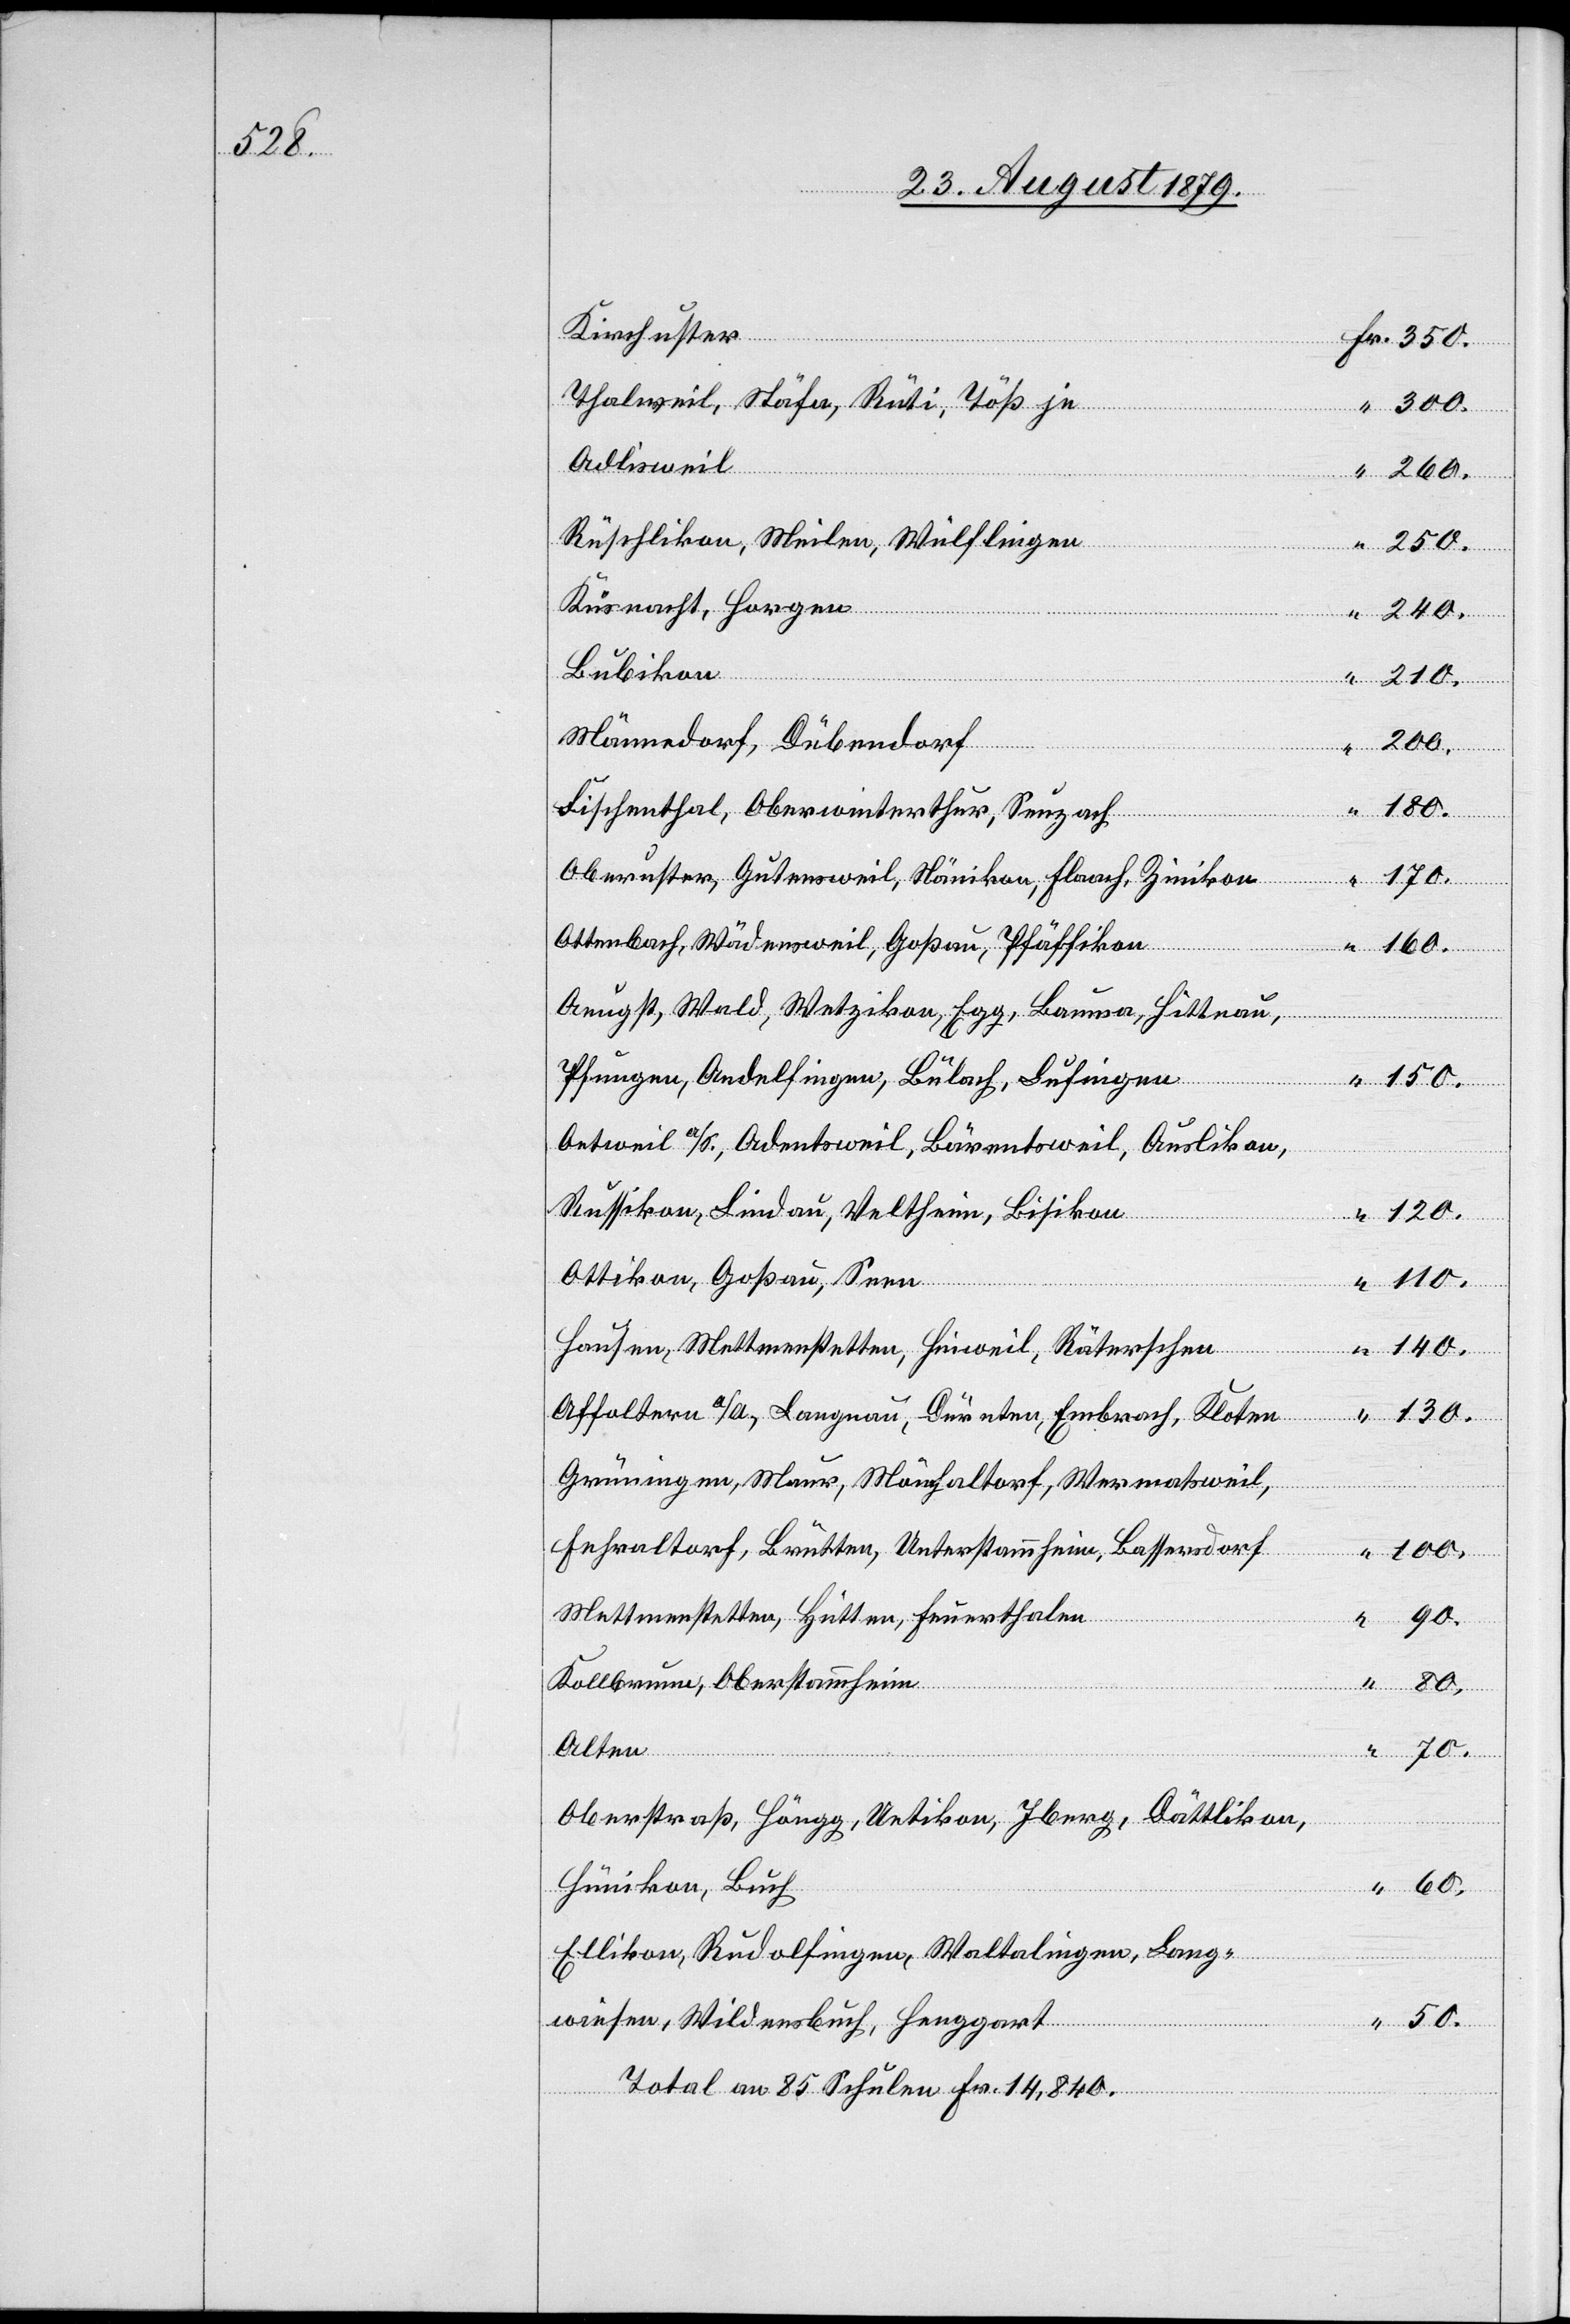
Kirchuster
Thalweil, Stäfa, Rüti, Töß je
60.
Adlisweil
260.
Rüschlikon, Meilen, Wülflingen
sen,
Küsnacht, Horgen
240.
Bubikon
Männedorf, Dübendorf
Fischenthal, Oberwinterthur, Seuzach
180.
Oberuster, Gutensweil, Nänikon, Flaach, Zinikon
Ottenbach, Wädensweil, Goßau, Pfäffikon
160.
Aeugst, Wald, Wetzikon, Egg, Bauma, Hittnau,
Pfungen, Andelfingen, Bülach, Lufingen
Oetweil a/S., Adentsweil, Bärentsweil, Auslikon,
Russikon, Lindau, Veltheim, Bisikon
120.
Ottikon, Goßau, Seen
110.
Hausen, Mettmenstetten, Hinweil, Räterschen
140.
Affoltern a/A., Langnau, Dürnten, Embrach, Kloten
Grüningen, Maur, Mönchaltorf, Wermatsweil,
Fehraltorf, Brütten, Unterstammheim, Bassersdorf
100.
Mettmenstetten, Hütten, Feuerthalen
Kollbrunn, Oberstammheim
Alten
70.
Oberstraß, Höngg, Uetikon, Iberg, Dättlikon,
Hünikon, Buch
Ellikon, Rudolfingen, Waltalingen, Lang¬
50.
Total an 85 Schulen Fr. 14,840.